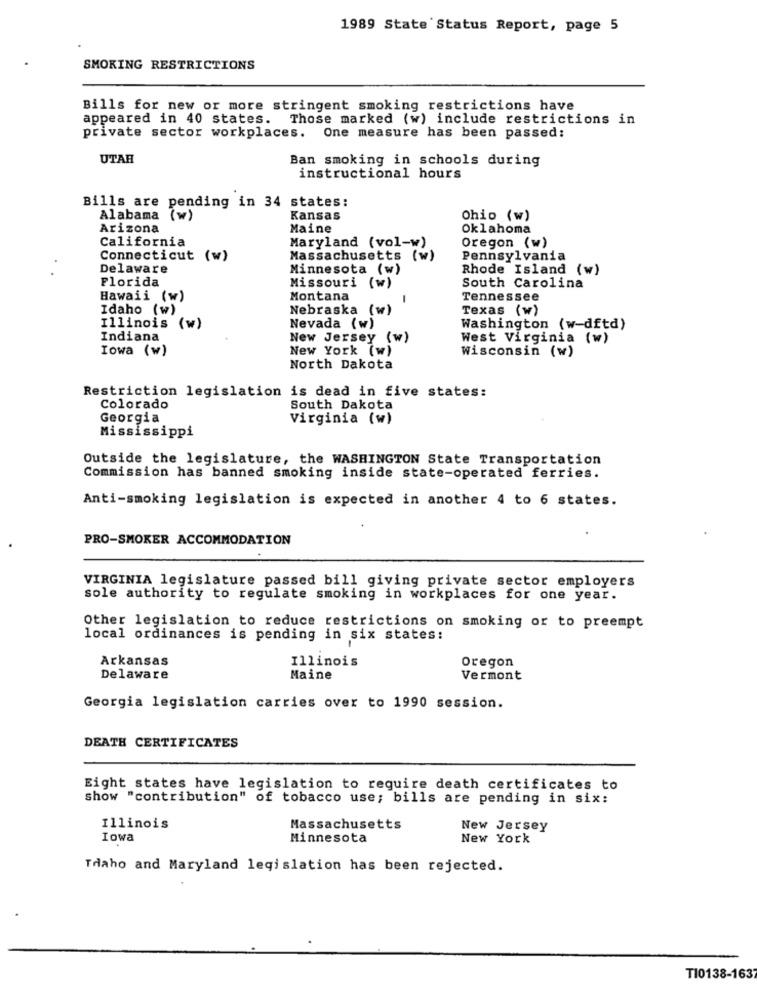
1989 State Status Report, page 5
SMOKING RESTRICTIONS
Bills for new or more stringent smoking restrictions have
appeared in 40 states. Those marked (w) include restrictions in
private sector workplaces. One measure has been passed;
UTAH
Ban smoking in schools during
instructional hours
Bills are pending in 34 states:
Alabama (w)
Kansas
Ohio (w)
Arizona
Maine
Oklahoma
California
Maryland (vol-w)
Oregon (w)
Connecticut (w)
Massachusetts (w)
Pennsylvania
Delaware
Minnesota (w)
Rhode Island (w)
Florida
Missouri (w)
South Carolina
Hawaii (w)
Montana
Tennessee
Idaho (w)
Nebraska (w)
Texas (w)
Illinois (w)
Nevada (w)
Washington (w-dftd)
Indiana
New Jersey (w)
West Virginia (w)
Iowa (w)
New York (w)
Wisconsin (w)
North Dakota
Restriction legislation is dead in five states:
Colorado
South Dakota
Georgia
Virginia (w)
Mississippi
Outside the legislature, the WASHINGTON State Transportation
Commission has banned smoking inside state-operated ferries.
Anti-smoking legislation is expected in another 4 to 6 states.
PRO-SMOKER ACCOMMODATION
VIRGINIA legislature passed bill giving private sector employers
sole authority to regulate smoking in workplaces for one year.
Other legislation to reduce restrictions on smoking or to preempt
local ordinances is pending in six states:
Arkansas
Oregon
Illinois
Delaware
Maine
Vermont
Georgia legislation carries over to 1990 session.
DEATH CERTIFICATES
Eight states have legislation to require death certificates to
show "contribution" of tobacco use; bills are pending in six:
Illinois
Massachusetts
New Jersey
Iowa
Minnesota
New York
Tdaho and Maryland legislation has been rejected.
TI0138-1637